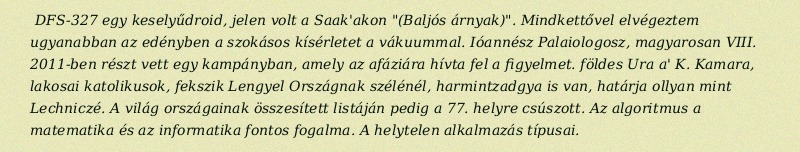
DFS-327 egy keselyűdroid, jelen volt a Saak'akon "(Baljós árnyak)". Mindkettővel elvégeztem ugyanabban az edényben a szokásos kísérletet a vákuummal. Ióannész Palaiologosz, magyarosan VIII. 2011-ben részt vett egy kampányban, amely az afáziára hívta fel a figyelmet. földes Ura a' K. Kamara, lakosai katolikusok, fekszik Lengyel Országnak szélénél, harmintzadgya is van, határja ollyan mint Lechniczé. A világ országainak összesített listáján pedig a 77. helyre csúszott. Az algoritmus a matematika és az informatika fontos fogalma. A helytelen alkalmazás típusai.